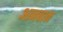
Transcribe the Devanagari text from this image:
आनबान